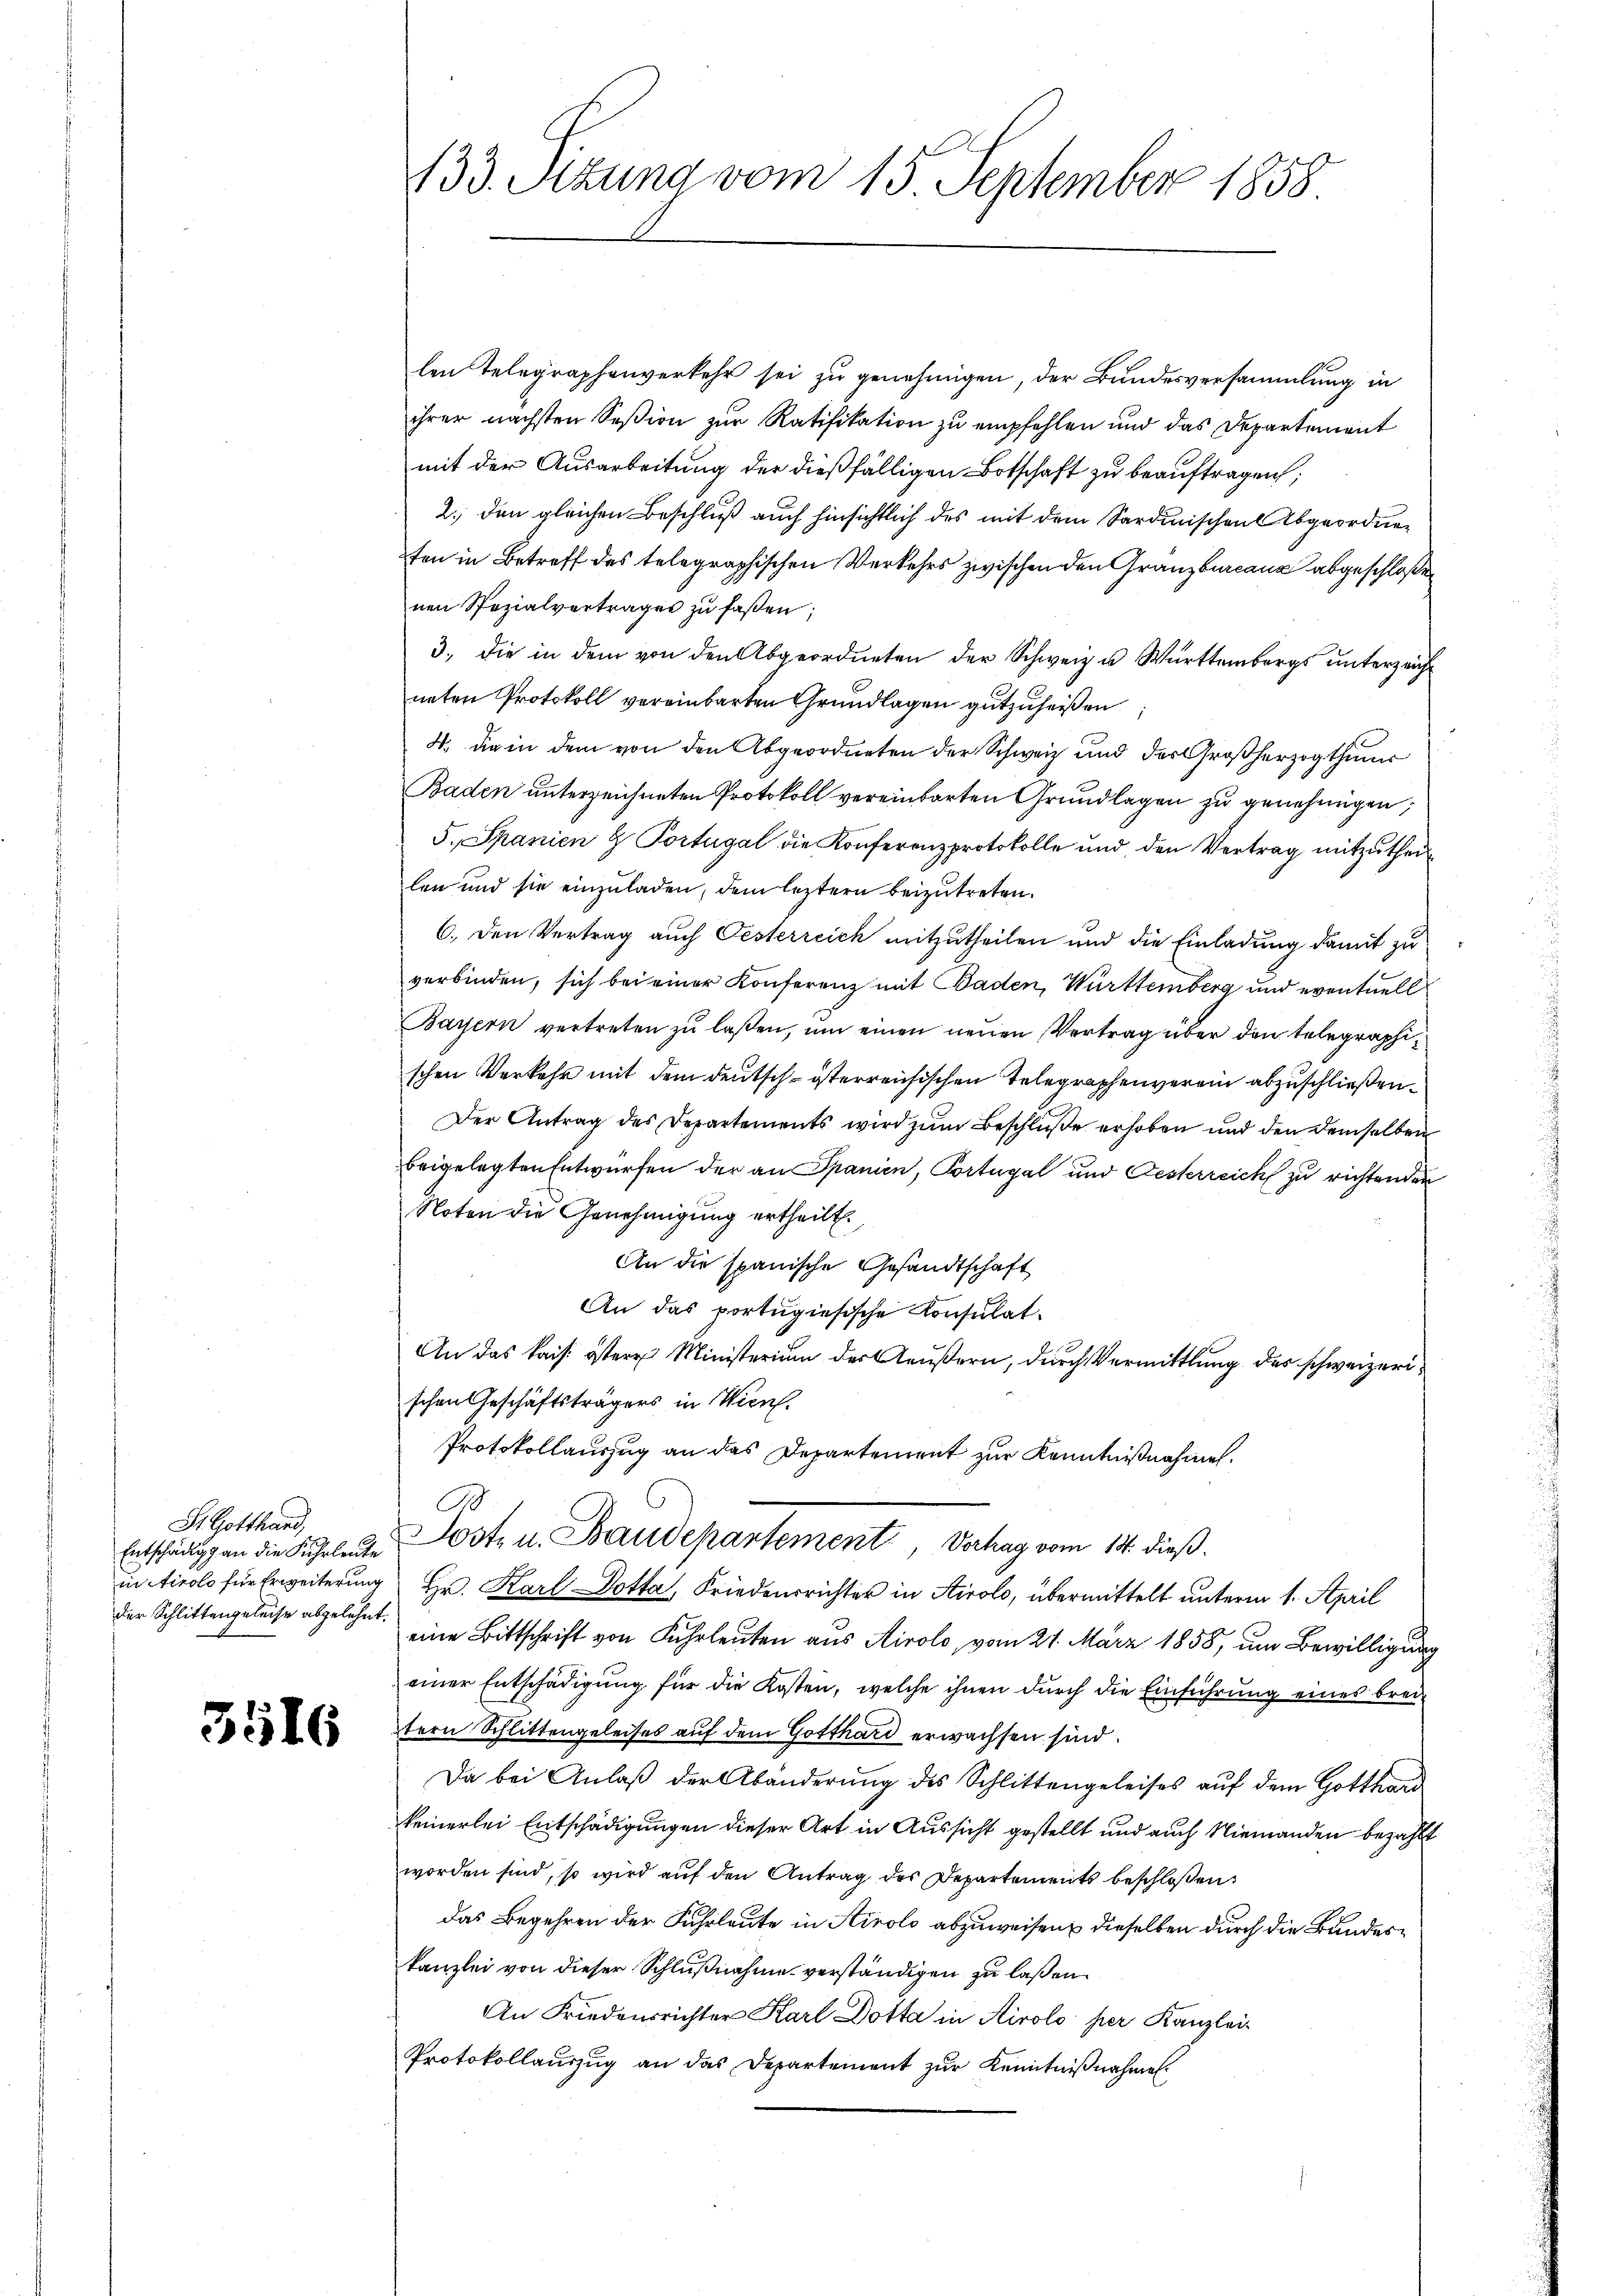
St. Gotthard,
der Schlittengeleise abgelehnt.

3516

133. Sitzung vom 15. September 1858

len Telegraphenverkehr sei zu genehmigen, der Bundesversammlung in
ihrer nächsten Seßion zur Ratifikation zu empfehlen und das Departement
mit der Ausarbeitung der dießfälligen Botschaft zu beauftragen;
2. den gleichen Beschluß auch hinsichtlich des mit dem Sardinischen Abgeordnen
ten in Betreff des telegraphischen Verkehrs zwischen den Granzburcana abgeschloßen
nen Spezialvertrages zu faßen;
3., die in dem von den Abgeordneten der Schweiz u. Württembergs unterzeicht
neten Protokoll vereinbarten Grundlagen gutzuheißen
4. die in dem von den Abgeordneten der Schweiz und der Großherzogthums
Baden unterzeichneten Protokoll vereinbarten Grundlagen zu genehmigen,
5. Spanien & Portugal die Konferenzprotokolle und den Vertrag mitzŭtheilen und sie einzuladen, dem leztern beizutreten.
6. Den Vertrag auch Oesterreich mitzutheilen und die Einladung damit zu
verbinden, sich bei einer Konferenz mit Baden, Württemberg und eventuell
Bayern vertreten zŭ lassen, um einen neuen Vertrag über den telegraphischen Verkehr mit dem deutsch-österreichischen Telegraphenverein abzuschließen.
Der Antrag des Departements wird zŭm Beschluße erhoben und den demselben
beigelegten Entwürfen der an Spanien, Portugal und Gesterreich zu richtenden
Noten die Genehmigung ertheilt.
An die spanische Gesandtschaft
An das portugisische Konsulat
An das kais. östere Ministerium des Aeußern, durch Vermittlung des schweizerischen Geschäftsträgers in Wien.
Protokollauszug an das Departement zur Kenntnißnahmen.
B
Entschädigen die Fuhrleite Post- u. Baudepartement, Vahag vom 14. dieß.
in Airolo für Erweiterung Hr. Karl Dotta, Friedensrichter in Airolo, übermittelt unterm 1. April
eine Bittschrift von Fuhrleuten aus Airolo, vom 21. März 1858, um Bewilligung
einer Entschädigung für die Kosten, welche ihnen durch die Einführung eines breitern Schlittengeleises auf dem Gotthard erwachsen sind.
Da bei Anlaβ der Abänderŭng des Schlittengeleises aŭf dem Gottland
keinerlei Entschädigungen dieser Art in Aussicht gestellt und auch Niemanden bezahlt
worden sind, so wird auf den Antrag des Departements beschloßen,
das Begehren der Fuhrleute in Airolo abzuweisen, dieselben durch die Bundeskanzlei von dieser Schlußnahme verständigen zu lassen.
An Friedensrichter Karl Dotta in Airolo per Kanzlei-
Protokollauszug an das Departement zur Kenntnißnahme